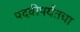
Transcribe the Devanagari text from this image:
पदवीपर्यंतचा